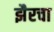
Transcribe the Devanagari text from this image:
झैरचा